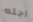
اجله